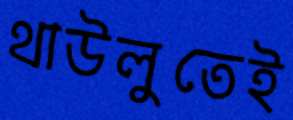
থাউলুতেই